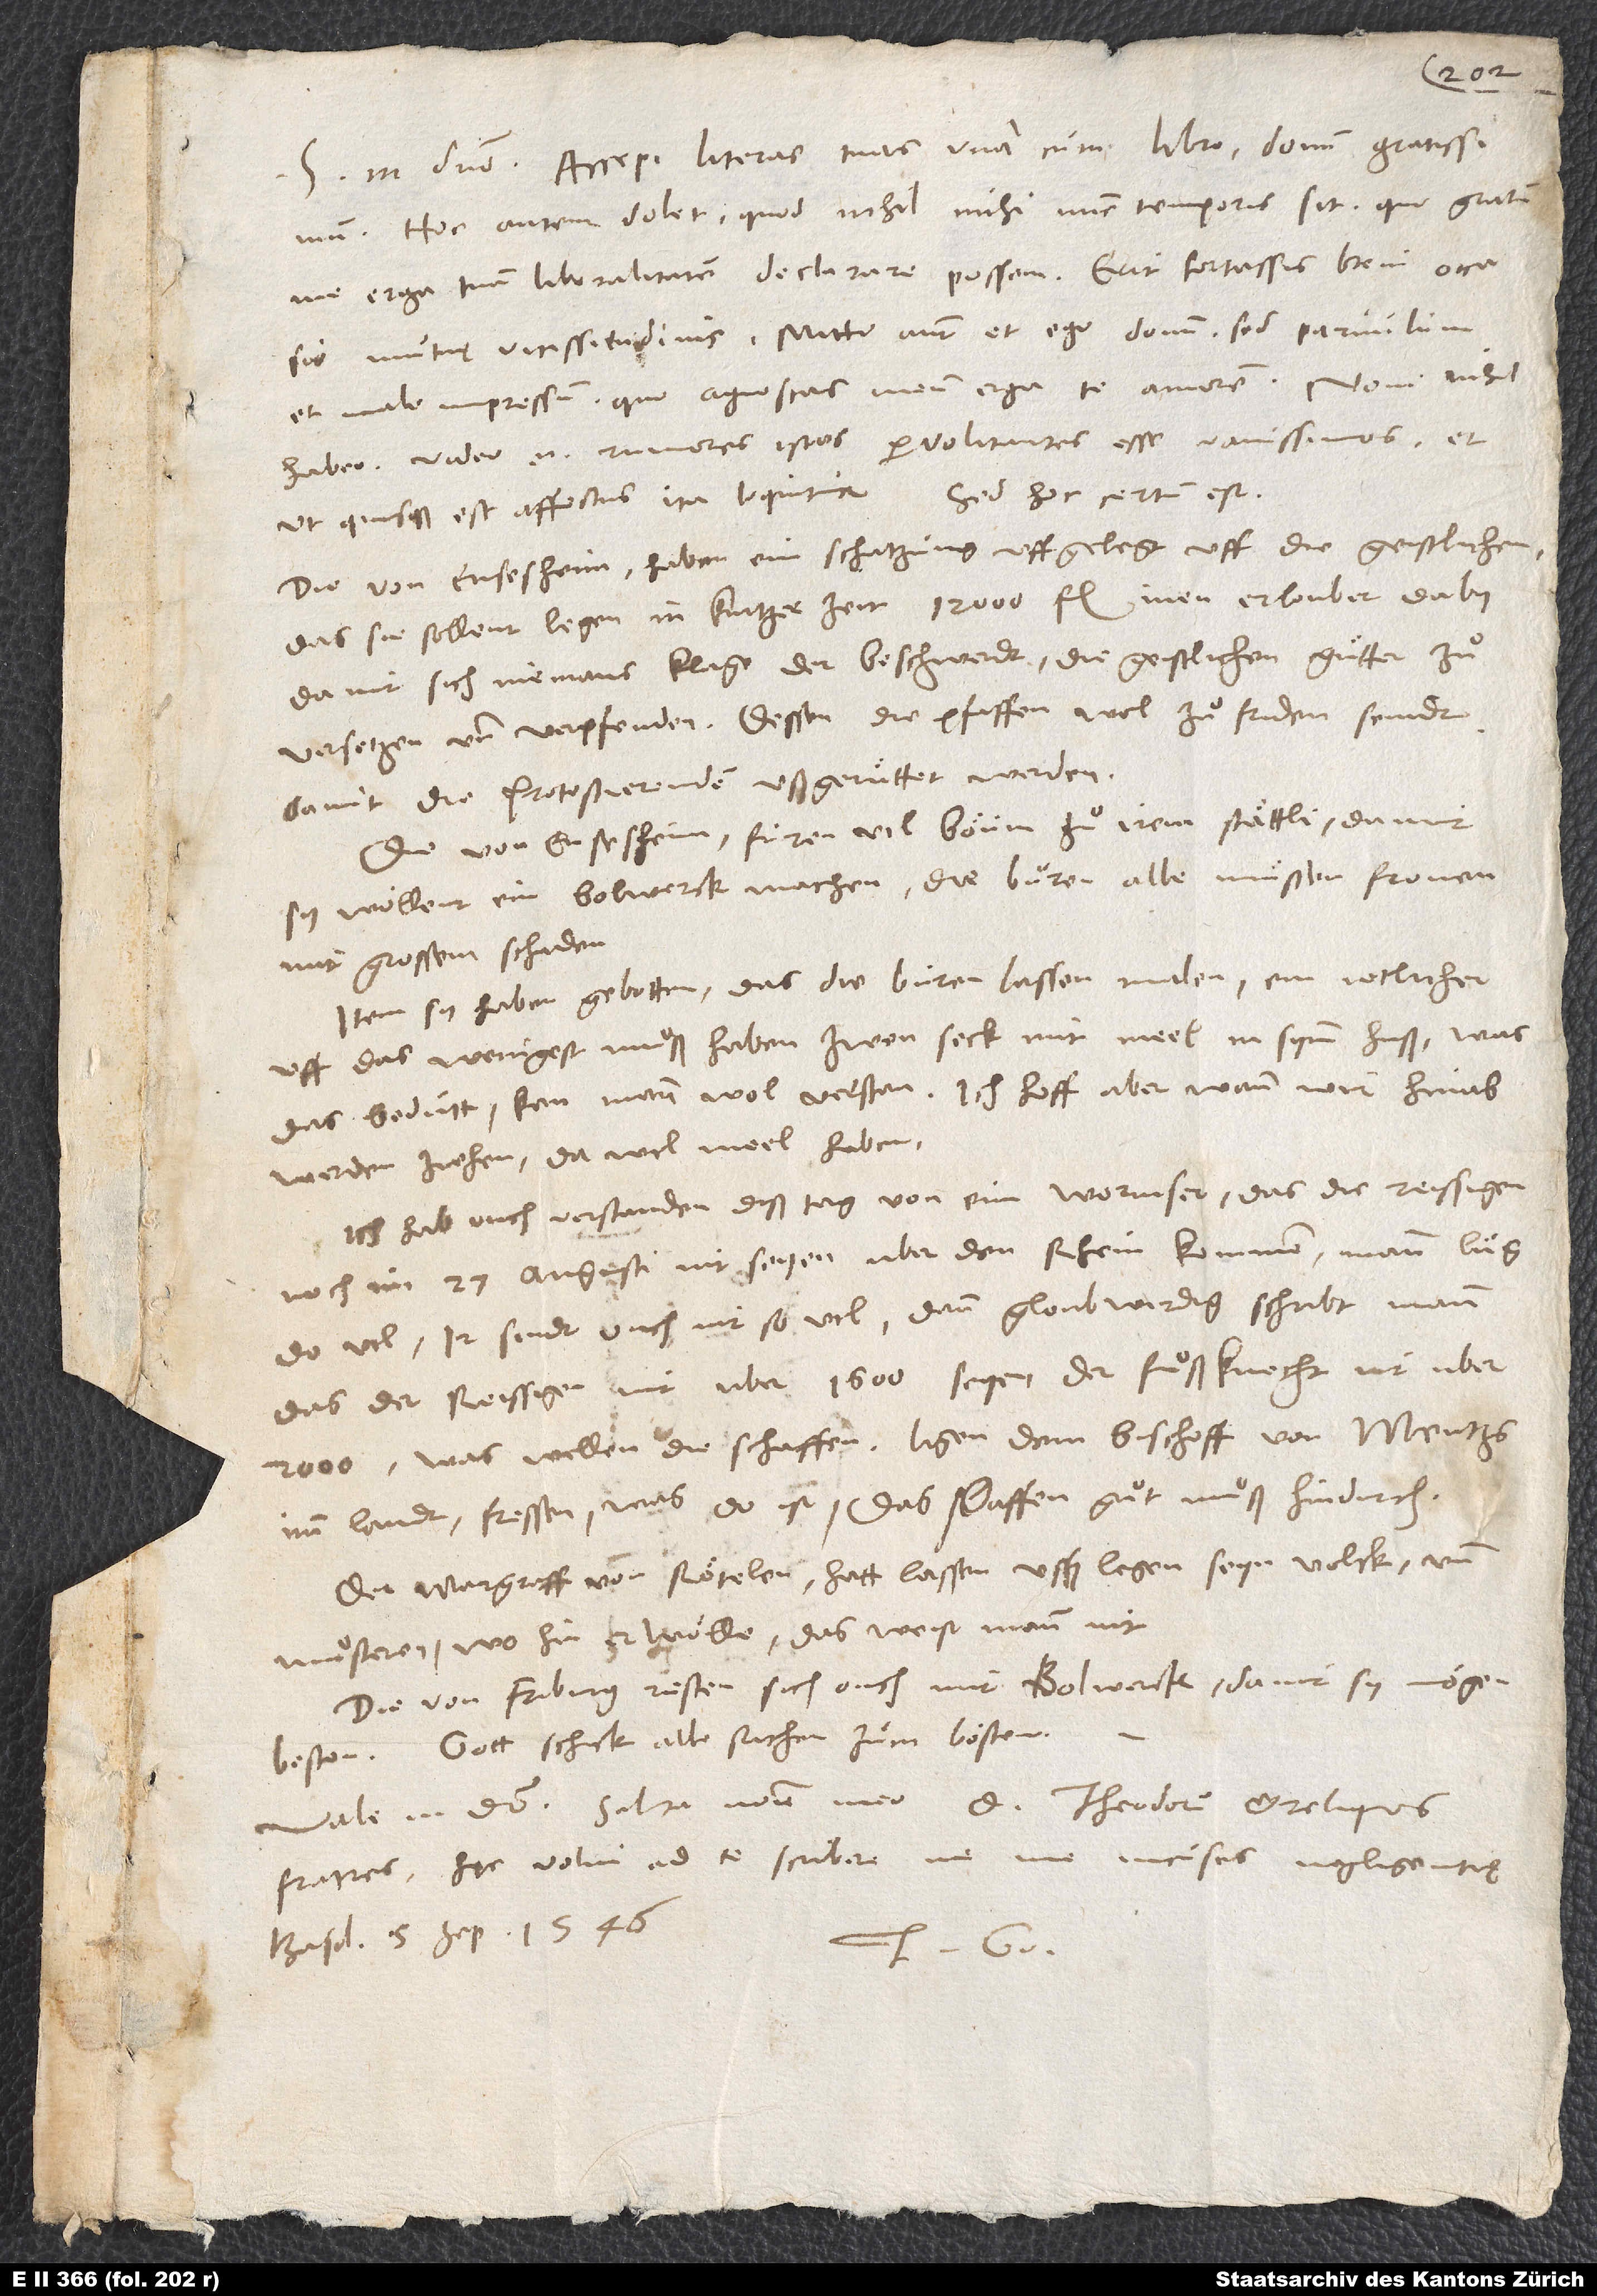
S. in domino. Accepi literas tuas una cum libro, donum gratissimum.
Hoc autem dolet, quod nihil mihi nunc temporis sit, quo gratum
me erga tuam liberalitatem declarare possem. Erit fortassis brevi occasio
mutuę vicissitudinis. Mitto autem et ego donum, sed parvulum
et male impressum, quo agnoscas meum erga te amorem.
habeo; video enim rumores istos pervolitantes esse vanissimos et,
ut quisque est affectus, ita loquitur. Sed hoc certum est:
Die von Ensesheim haben ein schatzung uffgelegt uff die geistlichen,
das sie sollent legen in kurtzer zeit 12’000 fl.; inen erloubet daby,
damit sich niemans klage der beschwerdt, die geistlichen guͤtter zuͦ
versetzen und verpfenden. Dessen die pfaffen wol zuͦfriden seindt,
damit die Protestierenden ußgeruͤttet werden.
Die von Ensesheim füren vil boͤum zuͦ irem staͤttli, damit
sy wöllent ein bolwerck machen. Die buren alle muͤssen fronen
mit grossem schaden.
Item sy haben gebotten, das die buren lassen malen. Ein jetlicher
uff das wenigest muͦß haben zwen seck mit meel in synem huß. Was
das beduͤtt, kan mann wol verstan. Ich hoff aber, wann wir hinab
werden ziechen, da wol meel haben.
Ich hab ouch verstanden, diß tag von eim Wormser, das die reissigen
noch im 27. augusti nit seyen uber den Rhein kommen; man luͤg
do vil. Ir sindt ouch nit so vil, denn gloubwirdig schribt mann,
das der reissigen nit uber 1’600 seyen, der fuͦßknecht nit uber
imm landt, fressen, was do ist; das pfaffenguͦt muͦß hindurch...
Der margraff von Roͤtelen hat lassen ussen legen seyn volck und
muͦsteren. Wohin er woͤlle, das weist mann nit.
Die von Friburg rüsten sich ouch mit bolwerck, damit sy moͤgen
beston. Gott schick alle sachen zum bösten.
Vale in domino. Saluta nomine meo d. Theodorum et reliquos
fratres. Hęc volui ad te scribere, ne me incuses negligentię.
Basileę, 5. septembris 1546.
Tuus G.